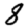
Digit: 8